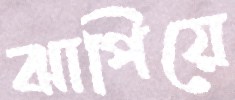
ঝাপিয়ে